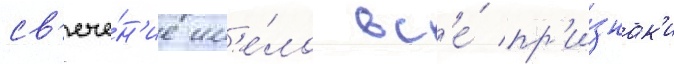
св'ече́н'ие им'е́ло вс'е́ пр'и́знак'и